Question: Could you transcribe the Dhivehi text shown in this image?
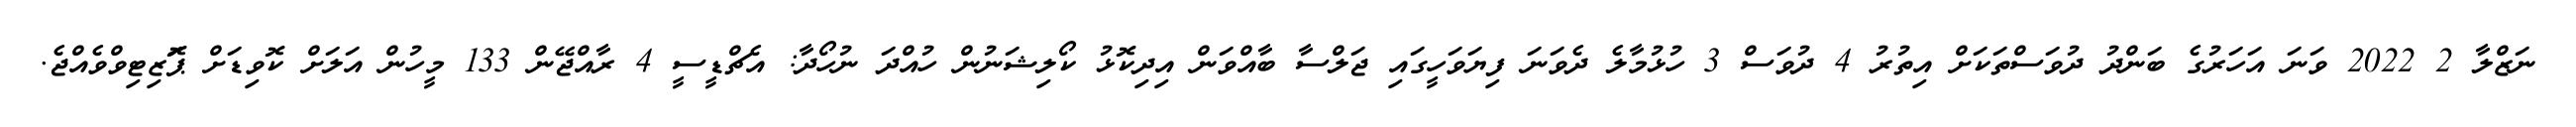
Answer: ނަޒްލާ 2 2022 ވަނަ އަހަރުގެ ބަންދު ދުވަސްތަކަށް އިތުރު 4 ދުވަސް 3 ހުޅުމާލެ ދެވަނަ ފިޔަވަހީގައި ޖަލްސާ ބާއްވަން އިދިކޮޅު ކޯލިޝަނުން ހުއްދަ ނުހޯދާ: އެޗްޑީސީ 4 ރާއްޖޭން 133 މީހުން އަލަށް ކޮވިޑަށް ޕަޮޒިޓިވްވެއްޖެ.